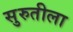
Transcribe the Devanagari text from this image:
सुरुतीला